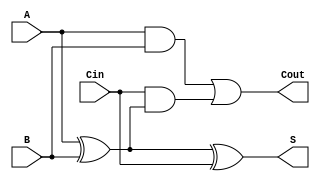
module full_adder (
    input  wire A,      // First input bit
    input  wire B,      // Second input bit
    input  wire Cin,    // Carry-in bit
    output wire S,      // Sum output
    output wire Cout     // Carry-out output
);

// Intermediate signals
wire A_XOR_B;

// Calculate sum (S) and carry-out (Cout)
assign A_XOR_B = A ^ B;         // A XOR B
assign S = A_XOR_B ^ Cin;       // S = A XOR B XOR Cin
assign Cout = (A & B) | (Cin & A_XOR_B); // Cout = (A AND B) OR (Cin AND (A XOR B))

endmodule